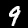
Digit: 9